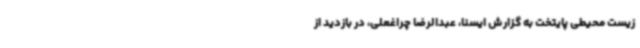
زیست محیطی پایتخت به گزارش ایسنا، عبدالرضا چراغعلی، در بازدید از